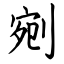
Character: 剜